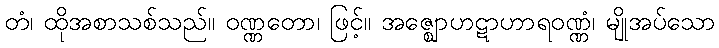
တံ၊ ထိုအစာသစ်သည်။ ဝဏ္ဏတော၊ ဖြင့်။ အဇ္ဈောဟဋာဟာရဝဏ္ဏံ၊ မျိုအပ်သော